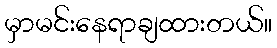
မှာမင်းနေရာချထားတယ်။